Lunatic asylums United Prov. 1922-30 - 1922-1930
Year: 1922
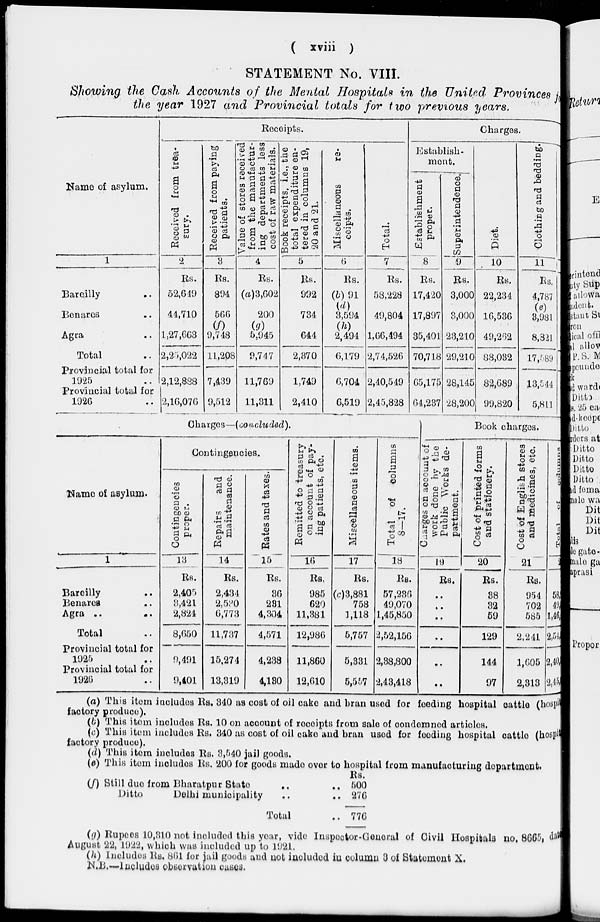
( xviii )
STATEMENT No. VIII.
Showing the Cash Accounts of the Mental Hospitals in the United Provinces for
the year 1927 and Provincial totals for two previous years.
Name of asylum.
1
Bareilly ..
Benares ..
Agra ..
Total ..
Provincial total for
1925 ..
Provincial total for
1926 ..
Receipts.
Received from trea-
sury.
2
Rs.
52,649
44,710
1,27,663
2,25,022
2,12,888
2,16,076
Received from paying
patients.
3
Rs.
894
566
(f)
9,748
11,208
7,439
9,512
Value of stores received
from the manufactur-
ing departments less
cost of raw materials.
4
Rs.
(a)3,602
200
(g)
5,945
9,747
11,769
11,311
Book receipts, i.e., the
total expenditure en-
tered in columns 19,
20 and 21.
5
Rs.
992
734
644
2,370
1,749
2,410
Miscellaneous
re-
ceipts.
6
Rs.
(b) 91
(d)
3,594
2,494
6,179
6,704
6,519
Total.
7
Rs.
58,228
49,804
1,66,494
2,74,526
2,40,549
2,45,828
Charges.
Establish-
ment.
Establishment
proper.
8
Rs.
17,420
17,897
35,401
70,718
65,175
64,237
Superintendence.
9
Rs.
3,000
3,000
23,210
29,210
28,145
28,200
Diet.
10
Rs.
22,234
16,536
49,262
88,032
82,689
99,820
Clothing and bedding.
11
Rs.
4,787
(e)
3,981
8,821
17,589
13,544
5,811
Charges—(coucluded).
Name of asylum.
1
Bareilly ..
Benares ..
Agra .. ..
Total ..
Provincial total for
1925 ..
Provincial total for
1926 ..
Contingencies.
Contingencies
proper.
13
RS.
2,405
3,421
2,824
8,650
9,491
9,401
Repairs
and
maintenance.
14
Rs.
2,434
2,530
6,773
11,737
15,274
13,319
Rates and taxes.
15
Rs.
36
231
4,304
4,571
4,238
4,130
Remitted to treasury
on account of pay-
ing patients, etc.
16
RS.
985
620
11,381
12,986
11,860
12,610
Miscellaneous items.
17
RS.
(c)3,881
758
3,118
5,757
5,331
5,557
Total of columns
8—17.
18
Rs.
57,236
49,070
1,45,850
2,52,150
2,38,800
2,48,418
Book charges.
Charges
on account of
work done by the
Public Works de-
partment.
19
Rs.
..
..
..
..
..
..
Cost of printed forms
and stationery.
20
Rs.
38
32
59
129
144
97
Cost of English stores
and medicines, etc.
21
Rs.
954
702
585
2,241
1,605
2,313
Total
of columns
22
Rs.
58,
49,
1,46
2,54,
2,40,
2,45,
(a) This item includes Rs. 340 as cost of oil cake and bran used for feeding hospital cattle (hospital
factory produce).
(b) This item includes Rs. 10 on account of receipts from sale of condemned articles.
(c) This item includes Rs. 340 as cost of oil cake and bran used for feeding hospital cattle (hospital
factory produce).
(d) This item includes Rs. 3,540 jail goods.
(e) This item includes Rs. 200 for goods made over to hospital from manufacturing department.
(f) Still duo from Bharatpur State ..
Ditto
Delhi municipality ..
Total
Rs.
.. 500
.. 276
.. 776
(g) Rupees 10,310 not included this year, vide Inspector-General of Civil Hospitals no. 8665, date
August 22, 1992, which was included up to 1921.
(h) Includes Rs. 861 for jail goods and not included in column 3 of Statement X.
N.B.—Includes observation cases.